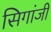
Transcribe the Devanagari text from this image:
सिगांजी